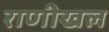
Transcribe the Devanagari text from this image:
राणीखल